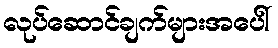
လုပ်ဆောင်ချက်များအပေါ်